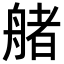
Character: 𦩳